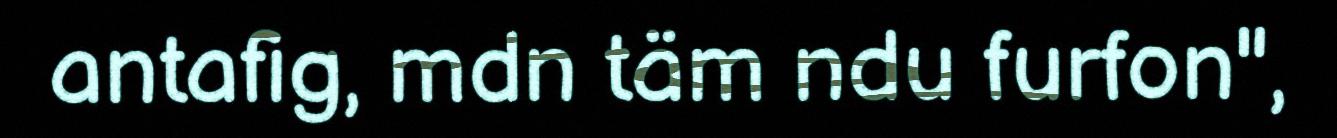
antafig, mdn täm ndu furfon",